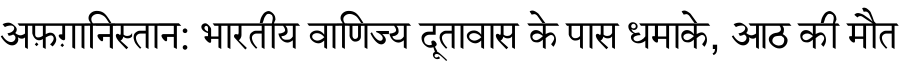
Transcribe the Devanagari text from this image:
अफ़ग़ानिस्तान: भारतीय वाणिज्य दूतावास के पास धमाके, आठ की मौत